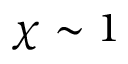
\chi \sim 1